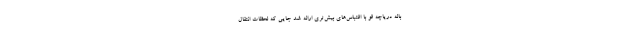
باله دریاچه قو با اقتباس‌های بیش‌تری ارائه شد جایی که لحظات انتقال